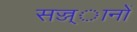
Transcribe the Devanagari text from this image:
सज्ज्ानों